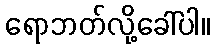
ရောဘတ်လို့ခေါ်ပါ။